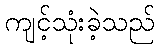
ကျင့်သုံးခဲ့သည်